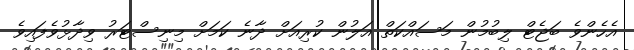
އެހެންވެ ބަޖެޓް ލިބުމުން މަސައްކަތް އަލުން ކުރިއަށް ދާނެ ކަމަށް މިނިސްޓަރު ވިދާޅުވެފައިވެ